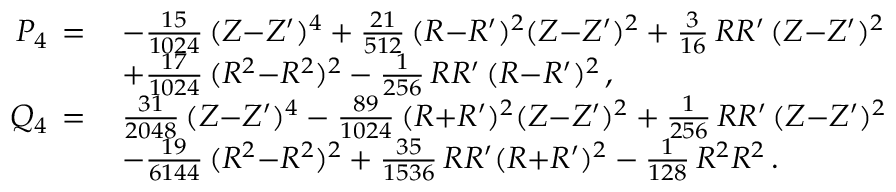
\begin{array} { r l } { P _ { 4 } \, = \, } & { - \frac { 1 5 } { 1 0 2 4 } \, ( Z { - } Z ^ { \prime } ) ^ { 4 } + \frac { 2 1 } { 5 1 2 } \, ( R { - } R ^ { \prime } ) ^ { 2 } ( Z { - } Z ^ { \prime } ) ^ { 2 } + \frac { 3 } { 1 6 } \, R R ^ { \prime } \, ( Z { - } Z ^ { \prime } ) ^ { 2 } } \\ & { + \frac { 1 7 } { 1 0 2 4 } \, ( R ^ { 2 } { - } R ^ { 2 } ) ^ { 2 } - \frac { 1 } { 2 5 6 } \, R R ^ { \prime } \, ( R { - } R ^ { \prime } ) ^ { 2 } \, , } \\ { Q _ { 4 } \, = \, } & { \frac { 3 1 } { 2 0 4 8 } \, ( Z { - } Z ^ { \prime } ) ^ { 4 } - \frac { 8 9 } { 1 0 2 4 } \, ( R { + } R ^ { \prime } ) ^ { 2 } ( Z { - } Z ^ { \prime } ) ^ { 2 } + \frac { 1 } { 2 5 6 } \, R R ^ { \prime } \, ( Z { - } Z ^ { \prime } ) ^ { 2 } } \\ & { - \frac { 1 9 } { 6 1 4 4 } \, ( R ^ { 2 } { - } R ^ { 2 } ) ^ { 2 } + \frac { 3 5 } { 1 5 3 6 } \, R R ^ { \prime } ( R { + } R ^ { \prime } ) ^ { 2 } - \frac { 1 } { 1 2 8 } \, R ^ { 2 } R ^ { 2 } \, . } \end{array}